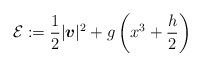
LaTeX: \begin{align*} {\cal E} := \frac{1}{2}|\boldsymbol{v}|^2+g\left(x^3+\frac{h}{2}\right)\end{align*}